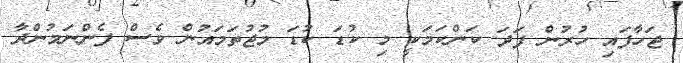
ޖަހާފައި ހުރުން ފަދަ ކަންކަމަކީ މި ކުޑަ ކުޑަ މުޖުތަމައުން ވެސް ފެންނަމުންދާ